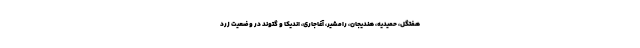
هفتگل، حمیدیه، هندیجان، رامشیر، آغاجاری، اندیکا و گتوند در وضعیت زرد